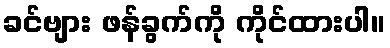
ခင်ဗျား ဖန်ခွက်ကို ကိုင်ထားပါ။